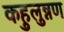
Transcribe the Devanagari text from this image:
कहुलुन्नण